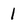
Character: 1